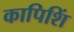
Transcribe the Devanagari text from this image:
कापिशिं